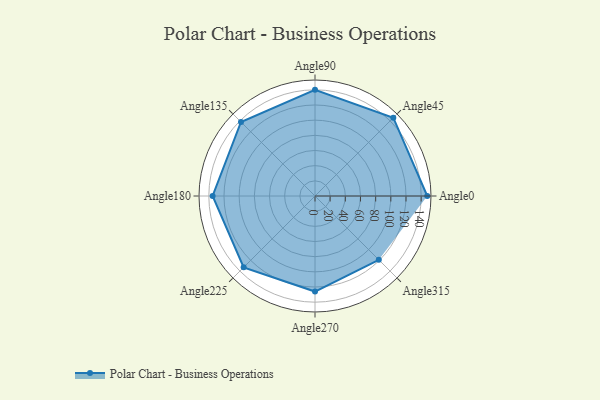
{"axis": {"x": "Angle", "y": "Radius"}, "legend": [""], "data": [{"x": "Angle0", "y": 148.0, "type": ""}, {"x": "Angle45", "y": 146.0, "type": ""}, {"x": "Angle90", "y": 140.0, "type": ""}, {"x": "Angle135", "y": 138.0, "type": ""}, {"x": "Angle180", "y": 135.0, "type": ""}, {"x": "Angle225", "y": 133.0, "type": ""}, {"x": "Angle270", "y": 126.0, "type": ""}, {"x": "Angle315", "y": 119.0, "type": ""}]}